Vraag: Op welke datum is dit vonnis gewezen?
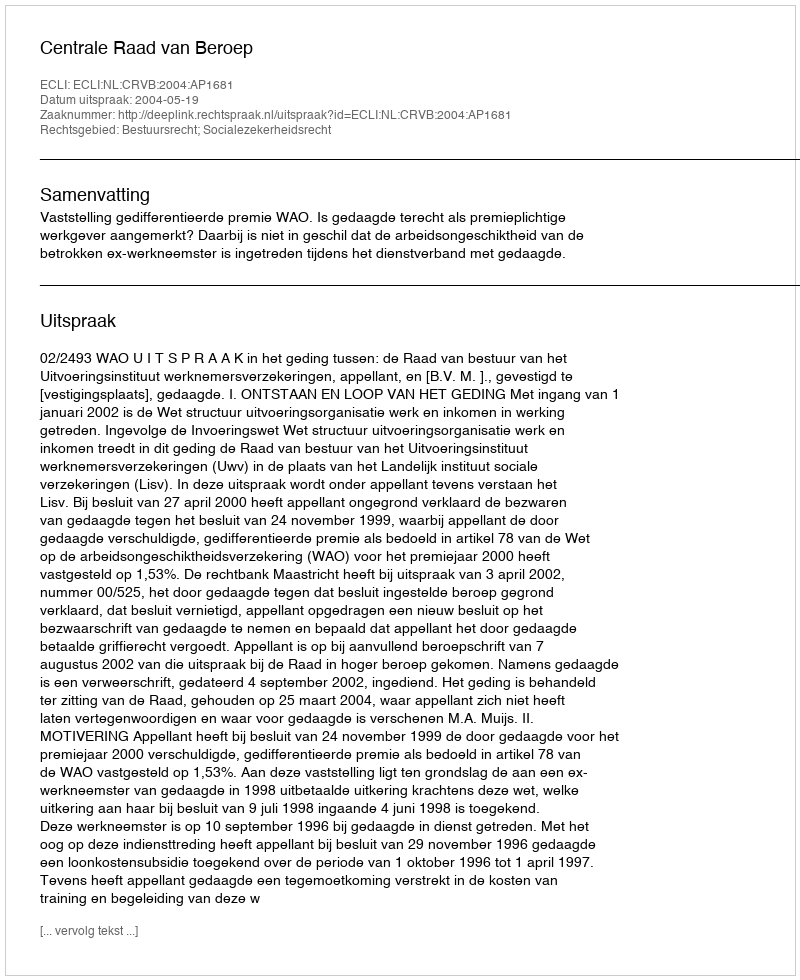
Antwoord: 2004-05-19